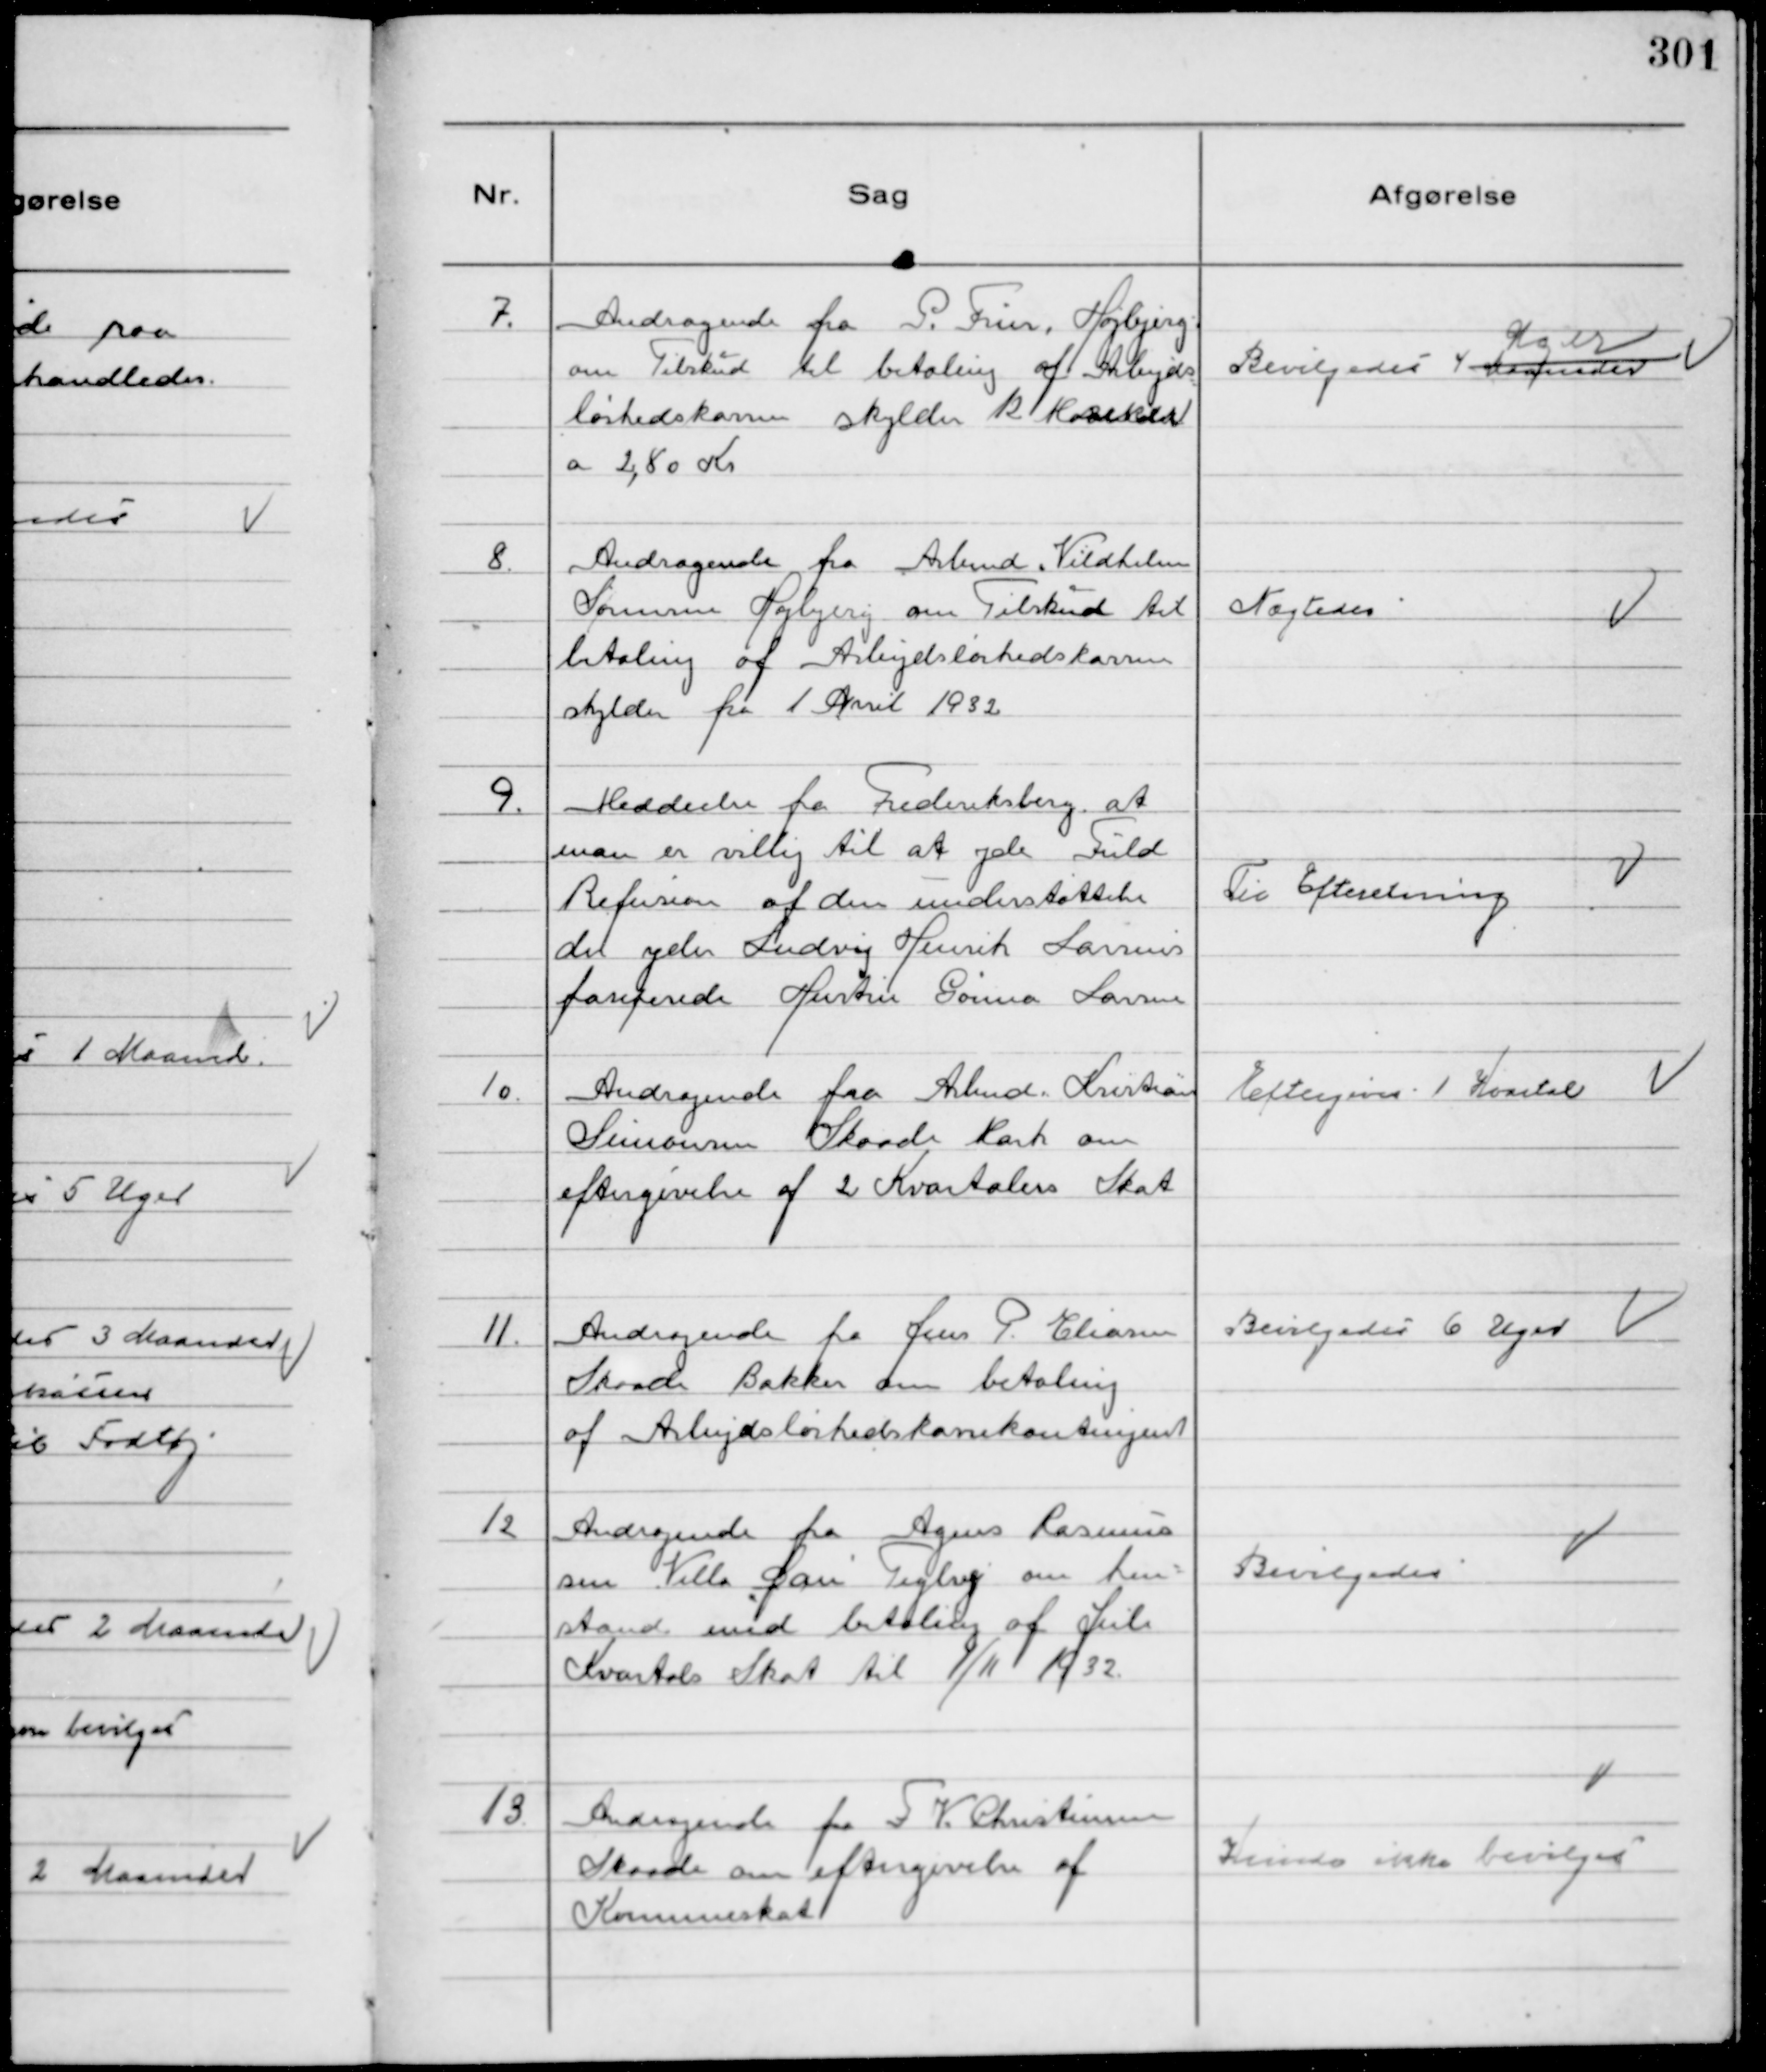
Transskription:
7.
Andragende fra P. Friis, Højbjerg
om Tilskud til betaling af Arbejds
løshedskassen skylder 12 Maaneder
a2,80 Kr

Bevilgedes 4 Maaneder
Uger

8.
Andragende fra Arbmd Vildhelm
Sørensen Højbjerg om Tilskud til
betaling af Arbejdsløshedskassen
skylder fra 1 April 1932

Nægtedes

9.
Meddeelse fra Frederiksberg at
man er villig til at yde Fuld
Refusion af den understøttelse
der ydes Ludvig Henrik Larsens
fraseperede Hustru Gonna Larsen

Til Efteretning

10.
Andragende fra Arbmd. Kristian
Simonsen Skaade Mark om
eftergivelse af 2 Kvartalers Skat

Eftergives 1 Kvartal

11.
Andragende fra Jens P. Eliasen
Skaade Bakker om betaling
af Arbejdsløshedskassekontingent

Bevilgedes 6 Uger

12
Andragende fra Agnes Rasmus
sen Villa "Dan" Teglvej on hen-
stand med betaling af Juli
Kvartals Skat til 1/11 1932.

Bevilgedes

13.
Andragende fra F V. Christensen
Skaade om eftergivelse af
Kommuneskat

Kunde ikke bevilges